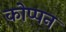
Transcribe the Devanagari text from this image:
कोप्पन